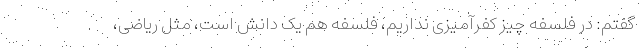
گفتم: در فلسفه چیز کفرآمیزی نداریم، فلسفه هم یک دانش است، مثل ریاضی،